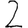
Digit: 2